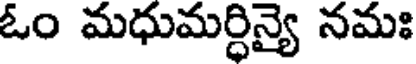
ఓం మధుమర్ధిన్యై నమః